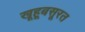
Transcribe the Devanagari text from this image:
खूहूबसूरत